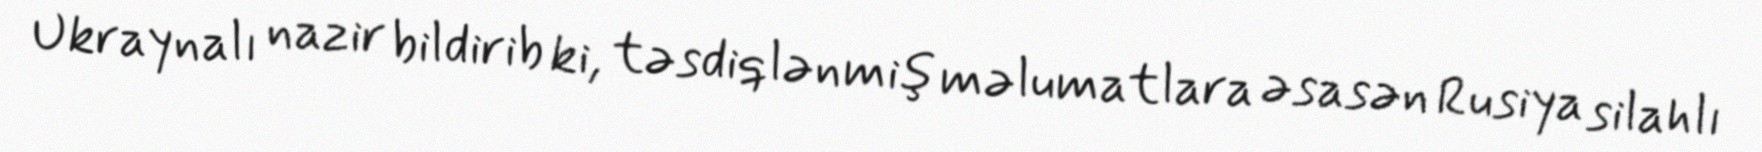
Ukraynalı nazir bildirib ki, təsdiqlənmiş məlumatlara əsasən Rusiya silahlı